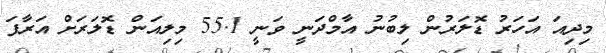
މިދިއަ އަހަރު ޑޮލަރުން ލިބުނު އާމްދަނީ ވަނީ 55.1 މިލިއަން ޑޮލަރަށް އަރާފަ